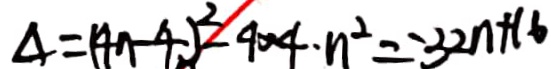
\Delta = ( 4 n - 4 ) ^ { 2 } - 4 0 4 \cdot n ^ { 2 } = 3 2 n + 1 6